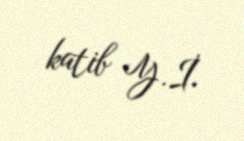
katib Y.İ.